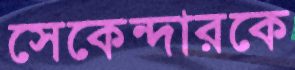
সেকেন্দারকে